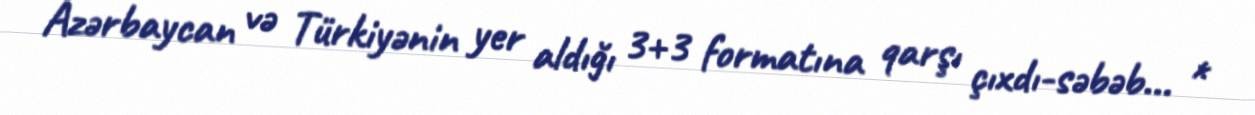
Azərbaycan və Türkiyənin yer aldığı 3+3 formatına qarşı çıxdı-səbəb... *